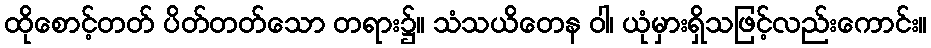
ထိုစောင့်တတ် ပိတ်တတ်သော တရား၌။ သံသယိတေန ဝါ၊ ယုံမှားရှိသဖြင့်လည်းကောင်း။